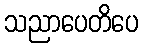
သညာပေတိပေ